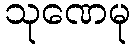
သုဏေမု